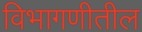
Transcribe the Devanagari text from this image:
विभागणीतील